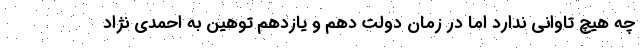
چه هیچ تاوانی ندارد اما در زمان دولت دهم و یازدهم توهین به احمدی نژاد